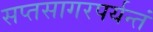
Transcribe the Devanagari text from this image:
सप्तसागरपर्यन्तं